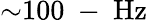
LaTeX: {\sim}100\mathrm{~-~}\mathrm{Hz}